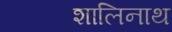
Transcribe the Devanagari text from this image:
शालिनाथ